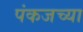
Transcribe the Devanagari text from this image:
पंकजच्या